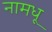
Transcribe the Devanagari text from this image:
नामधू